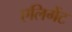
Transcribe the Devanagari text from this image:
एलिगेंट